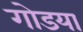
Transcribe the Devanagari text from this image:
गोडया